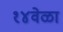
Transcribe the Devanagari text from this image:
१४वेळा